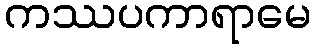
ကဿပကာရာမေ